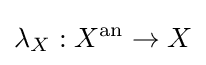
\lambda _{X}:X^{\mathrm {an} }\to X